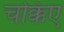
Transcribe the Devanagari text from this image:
चक्किए